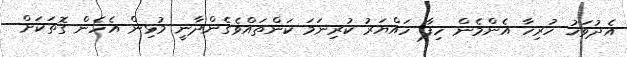
އެދުވަހު ހުރިހާ އެންމެން ހިފާ ހައްޔަރު ކުރިނަމަ ކަންތައްވެގެންދާނީ މުޅިން އެހެން ގޮތަކަށް